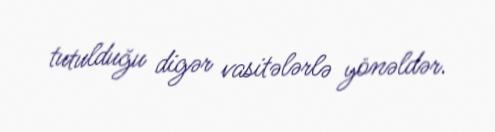
tutulduğu digər vasitələrlə yönəldər.